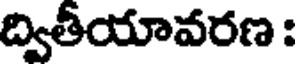
ద్వితీయావరణ :